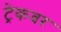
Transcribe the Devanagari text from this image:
ट्रेकवर